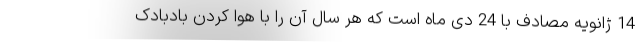
14 ژانویه مصادف با 24 دی ماه است که هر سال آن را با هوا کردن بادبادک